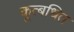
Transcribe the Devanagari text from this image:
कूत्बधित